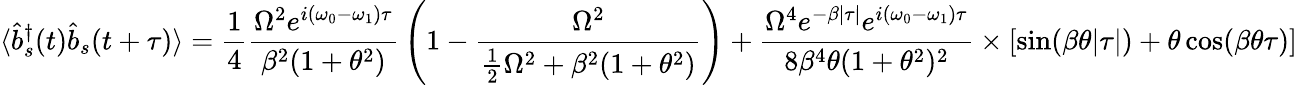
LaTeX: \langle{\hat{b}}_{s}^{\dagger}(t){\hat{b}}_{s}(t+\tau)\rangle={\frac{1}{4}}{\frac{\Omega^{2}e^{i(\omega_{0}-\omega_{1})\tau}}{\beta^{2}(1+\theta^{2})}}\left(1-{\frac{\Omega^{2}}{{\frac{1}{2}}\Omega^{2}+\beta^{2}(1+\theta^{2})}}\right)+{\frac{\Omega^{4}e^{-\beta|\tau|}e^{i(\omega_{0}-\omega_{1})\tau}}{8\beta^{4}\theta(1+\theta^{2})^{2}}}\times[\sin(\beta\theta|\tau|)+\theta\cos(\beta\theta\tau)]